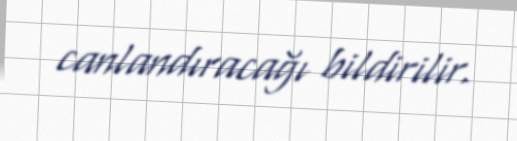
canlandıracağı bildirilir.